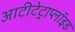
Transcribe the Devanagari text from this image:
आटीटेट्राप्लॉइड